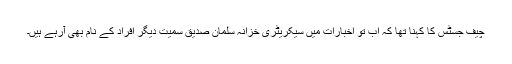
چیف جسٹس کا کہنا تھا کہ اب تو اخبارات میں سیکریٹری خزانہ سلمان صدیق سمیت دیگر افراد کے نام بھی آرہے ہیں۔